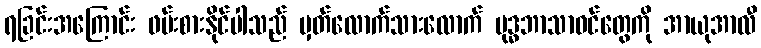
ရခြင်းအကြောင်း ဖမ်းစားနိုင်ပါသည် မှတ်လောက်သားလောက် ဗုဒ္ဓဘာသာဝင်တွေကို အာယုအာလီ